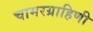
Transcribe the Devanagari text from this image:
चामरग्राहिणी